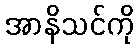
အာနိသင်ကို